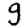
Digit: 9